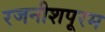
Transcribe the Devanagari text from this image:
रजनीशपूरम